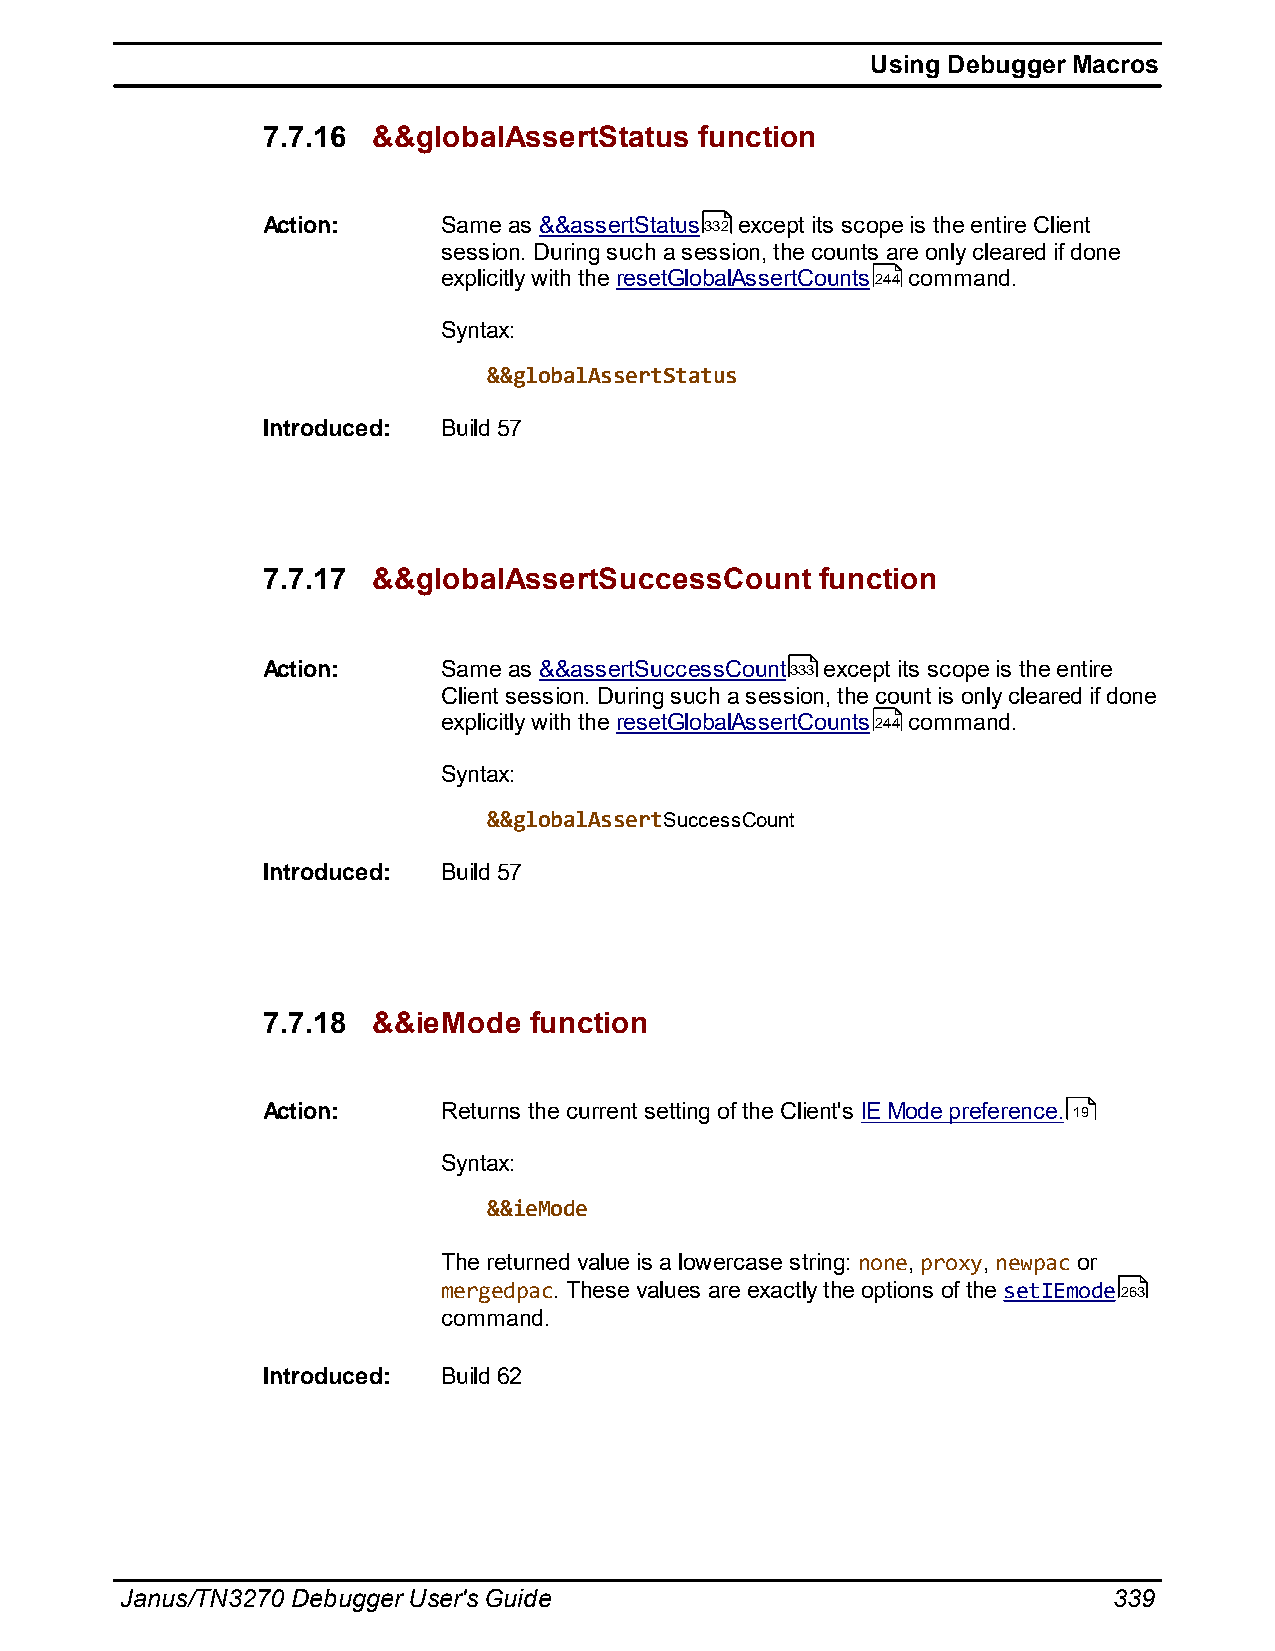
Using Debugger Macros
 7.7.16  &&globalAssertStatus function
 Action:     Same as &&assertStatus332 except its scope is the entire Client
 session. During such a session, the counts are only cleared if done
 explicitly with the resetGlobalAssertCounts244 command.
 Syntax:
 &&globalAssertStatus
 Introduced: Build 57
 7.7.17  &&globalAssertSuccessCount   function
 Action:     Same as &&assertSuccessCount333 except its scope is the entire
 Client session. During such a session, the count is only cleared if done
 explicitly with the resetGlobalAssertCounts244 command.
 Syntax:
 &&globalAssertSuccessCount
 Introduced: Build 57
 7.7.18  &&ieMode  function
 Action:     Returns the current setting of the Client's IE Mode preference. 19
 Syntax:
 &&ieMode
 The returned value is a lowercase string: none, proxy, newpac or
 mergedpac. These values are exactly the options of the setIEmode263
 command.
 Introduced: Build 62
 Janus/TN3270 Debugger User's Guide                                339